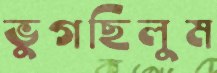
ভুগছিলুম